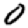
Digit: 0